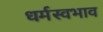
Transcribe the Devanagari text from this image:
धर्मस्वभाव